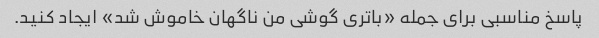
پاسخ مناسبی برای جمله «باتری گوشی من ناگهان خاموش شد» ایجاد کنید.